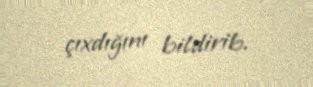
çıxdığını bildirib.